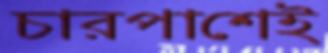
চারপাশেই